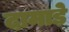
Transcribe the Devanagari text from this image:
दामाड़े